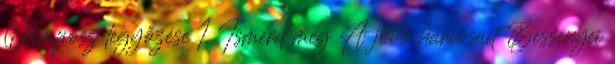
Olimposz legyőzése 1. Ismerd meg A jövő harcosait Bessenyei